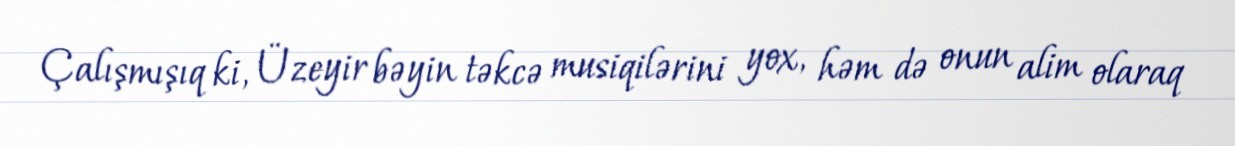
Çalışmışıq ki, Üzeyir bəyin təkcə musiqilərini yox, həm də onun alim olaraq